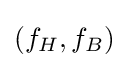
(f_{H},f_{B})